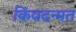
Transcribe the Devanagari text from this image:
किंवदन्मत